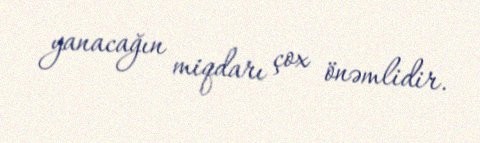
yanacağın miqdarı çox önəmlidir.